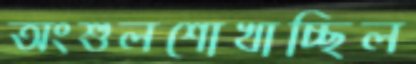
অংশুলশোখাচ্ছিল